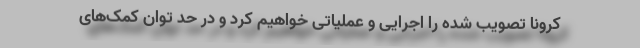
کرونا تصویب شده را اجرایی و عملیاتی خواهیم کرد و در حد توان کمک‌های